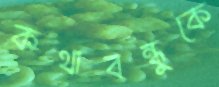
কথাবন্ধুকে